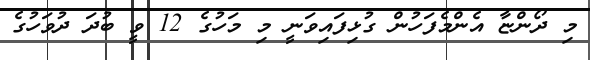
މި ދޯންޏާ އެންމެފަހުން ގުޅިފައިވަނީ މި މަހުގެ 12 ވީ ބުދަ ދުވަހުގެ